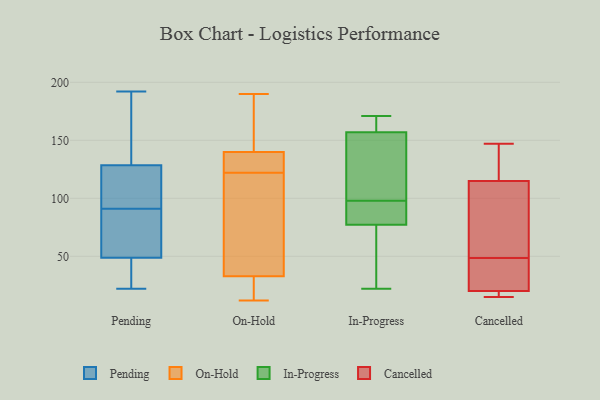
{"axis": {"x": "Gross Profit (USD K)", "y": "Value"}, "legend": ["Cancelled", "In-Progress", "On-Hold", "Pending"], "data": [{"x": "", "y": 178, "type": "Pending"}, {"x": "", "y": 166, "type": "Pending"}, {"x": "", "y": 32, "type": "Pending"}, {"x": "", "y": 42, "type": "Pending"}, {"x": "", "y": 114, "type": "Pending"}, {"x": "", "y": 116, "type": "Pending"}, {"x": "", "y": 51, "type": "Pending"}, {"x": "", "y": 22, "type": "Pending"}, {"x": "", "y": 192, "type": "Pending"}, {"x": "", "y": 85, "type": "Pending"}, {"x": "", "y": 91, "type": "Pending"}, {"x": "", "y": 99, "type": "Pending"}, {"x": "", "y": 90, "type": "Pending"}, {"x": "", "y": 137, "type": "On-Hold"}, {"x": "", "y": 179, "type": "On-Hold"}, {"x": "", "y": 91, "type": "On-Hold"}, {"x": "", "y": 177, "type": "On-Hold"}, {"x": "", "y": 44, "type": "On-Hold"}, {"x": "", "y": 122, "type": "On-Hold"}, {"x": "", "y": 26, "type": "On-Hold"}, {"x": "", "y": 29, "type": "On-Hold"}, {"x": "", "y": 12, "type": "On-Hold"}, {"x": "", "y": 133, "type": "On-Hold"}, {"x": "", "y": 190, "type": "On-Hold"}, {"x": "", "y": 131, "type": "On-Hold"}, {"x": "", "y": 98, "type": "On-Hold"}, {"x": "", "y": 141, "type": "On-Hold"}, {"x": "", "y": 14, "type": "On-Hold"}, {"x": "", "y": 47, "type": "In-Progress"}, {"x": "", "y": 118, "type": "In-Progress"}, {"x": "", "y": 22, "type": "In-Progress"}, {"x": "", "y": 95, "type": "In-Progress"}, {"x": "", "y": 161, "type": "In-Progress"}, {"x": "", "y": 98, "type": "In-Progress"}, {"x": "", "y": 171, "type": "In-Progress"}, {"x": "", "y": 163, "type": "In-Progress"}, {"x": "", "y": 73, "type": "In-Progress"}, {"x": "", "y": 145, "type": "In-Progress"}, {"x": "", "y": 90, "type": "In-Progress"}, {"x": "", "y": 15, "type": "Cancelled"}, {"x": "", "y": 147, "type": "Cancelled"}, {"x": "", "y": 36, "type": "Cancelled"}, {"x": "", "y": 16, "type": "Cancelled"}, {"x": "", "y": 54, "type": "Cancelled"}, {"x": "", "y": 67, "type": "Cancelled"}, {"x": "", "y": 128, "type": "Cancelled"}, {"x": "", "y": 43, "type": "Cancelled"}, {"x": "", "y": 115, "type": "Cancelled"}, {"x": "", "y": 20, "type": "Cancelled"}]}